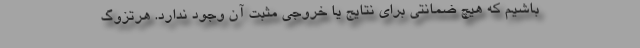
باشیم که هیچ ضمانتی برای نتایج یا خروجی مثبت آن وجود ندارد. هرتزوگ